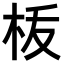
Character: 𣐪